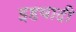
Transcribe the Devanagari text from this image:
इहवादी